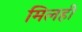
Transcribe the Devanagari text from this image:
मिलही